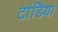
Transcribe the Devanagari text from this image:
टांडिया